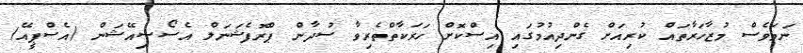
ނަމަވެސް މުޒާހަރާތައް ކުރިއަށް ގެންދިއުމުގައި އިސްކޮށް ހަރަކާތްތެރިވާ ސުދާން ޕްރޮފެޝަނަލް އެސޯސިއޭޝަން (އެސްޕީއޭ)